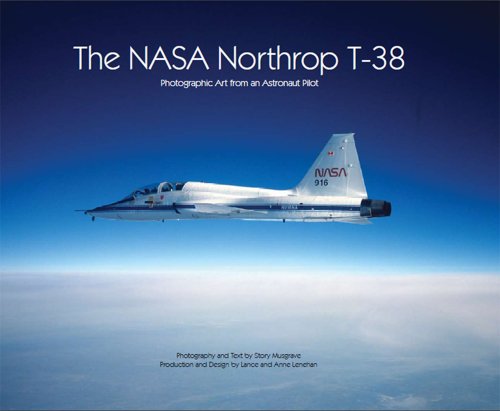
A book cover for Nasa Northrop T-38, The: Photographic Art from an Astronaut Pilot; Lance Lenehan; Arts & Photography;